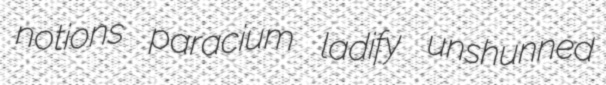
notions paracium ladify unshunned